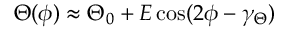
\Theta ( \phi ) \approx \Theta _ { 0 } + E \cos ( 2 \phi - \gamma _ { \Theta } )